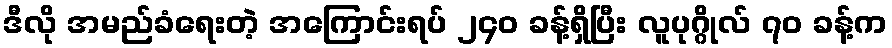
ဒီလို အမည်ခံရေးတဲ့ အကြောင်းရပ် ၂၄၀ ခန့်ရှိပြီး လူပုဂ္ဂိုလ် ၇၀ ခန့်က